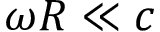
\omega R \ll c